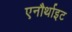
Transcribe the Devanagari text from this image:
एनौर्थाइट